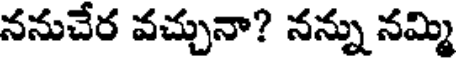
ననుచేర వచ్చునా? నన్ను నమ్మి